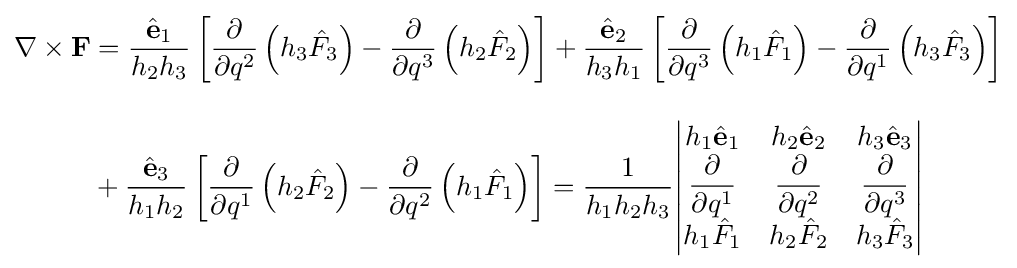
{\begin{aligned}\nabla \times \mathbf {F} &={\frac {{\hat {\mathbf {e} }}_{1}}{h_{2}h_{3}}}\left[{\frac {\partial }{\partial q^{2}}}\left(h_{3}{\hat {F}}_{3}\right)-{\frac {\partial }{\partial q^{3}}}\left(h_{2}{\hat {F}}_{2}\right)\right]+{\frac {{\hat {\mathbf {e} }}_{2}}{h_{3}h_{1}}}\left[{\frac {\partial }{\partial q^{3}}}\left(h_{1}{\hat {F}}_{1}\right)-{\frac {\partial }{\partial q^{1}}}\left(h_{3}{\hat {F}}_{3}\right)\right]\\[10pt]&+{\frac {{\hat {\mathbf {e} }}_{3}}{h_{1}h_{2}}}\left[{\frac {\partial }{\partial q^{1}}}\left(h_{2}{\hat {F}}_{2}\right)-{\frac {\partial }{\partial q^{2}}}\left(h_{1}{\hat {F}}_{1}\right)\right]={\frac {1}{h_{1}h_{2}h_{3}}}{\begin{vmatrix}h_{1}{\hat {\mathbf {e} }}_{1}&h_{2}{\hat {\mathbf {e} }}_{2}&h_{3}{\hat {\mathbf {e} }}_{3}\\{\dfrac {\partial }{\partial q^{1}}}&{\dfrac {\partial }{\partial q^{2}}}&{\dfrac {\partial }{\partial q^{3}}}\\h_{1}{\hat {F}}_{1}&h_{2}{\hat {F}}_{2}&h_{3}{\hat {F}}_{3}\end{vmatrix}}\end{aligned}}